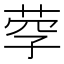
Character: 𦰊